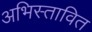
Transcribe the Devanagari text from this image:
अभिस्तावित